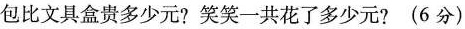
包比文具盒贵多少元?笑笑一共花了多少元?(6分)